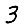
Digit: 3